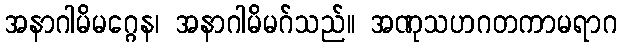
အနာဂါမိမဂ္ဂေန၊ အနာဂါမိမဂ်သည်။ အဏုသဟဂတကာမရာဂ